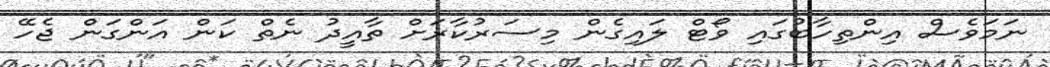
ނަމަވެސް އިންތިހާބުގައި ވޯޓް ލައިގެން މިސަރުކާރަށް ތާއީދު ނެތް ކަން އަންގަން ޖެހޭ